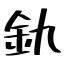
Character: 釚